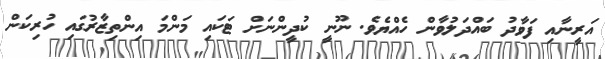
އަރީނާއި ފަވާދު ބައްދަލުވާން ހެއްޔެވެ. ނޫނީ ކުދީންނަށް ޓަކައި މަންމަ އިންތިޒާރުގައި ހުރިކަން